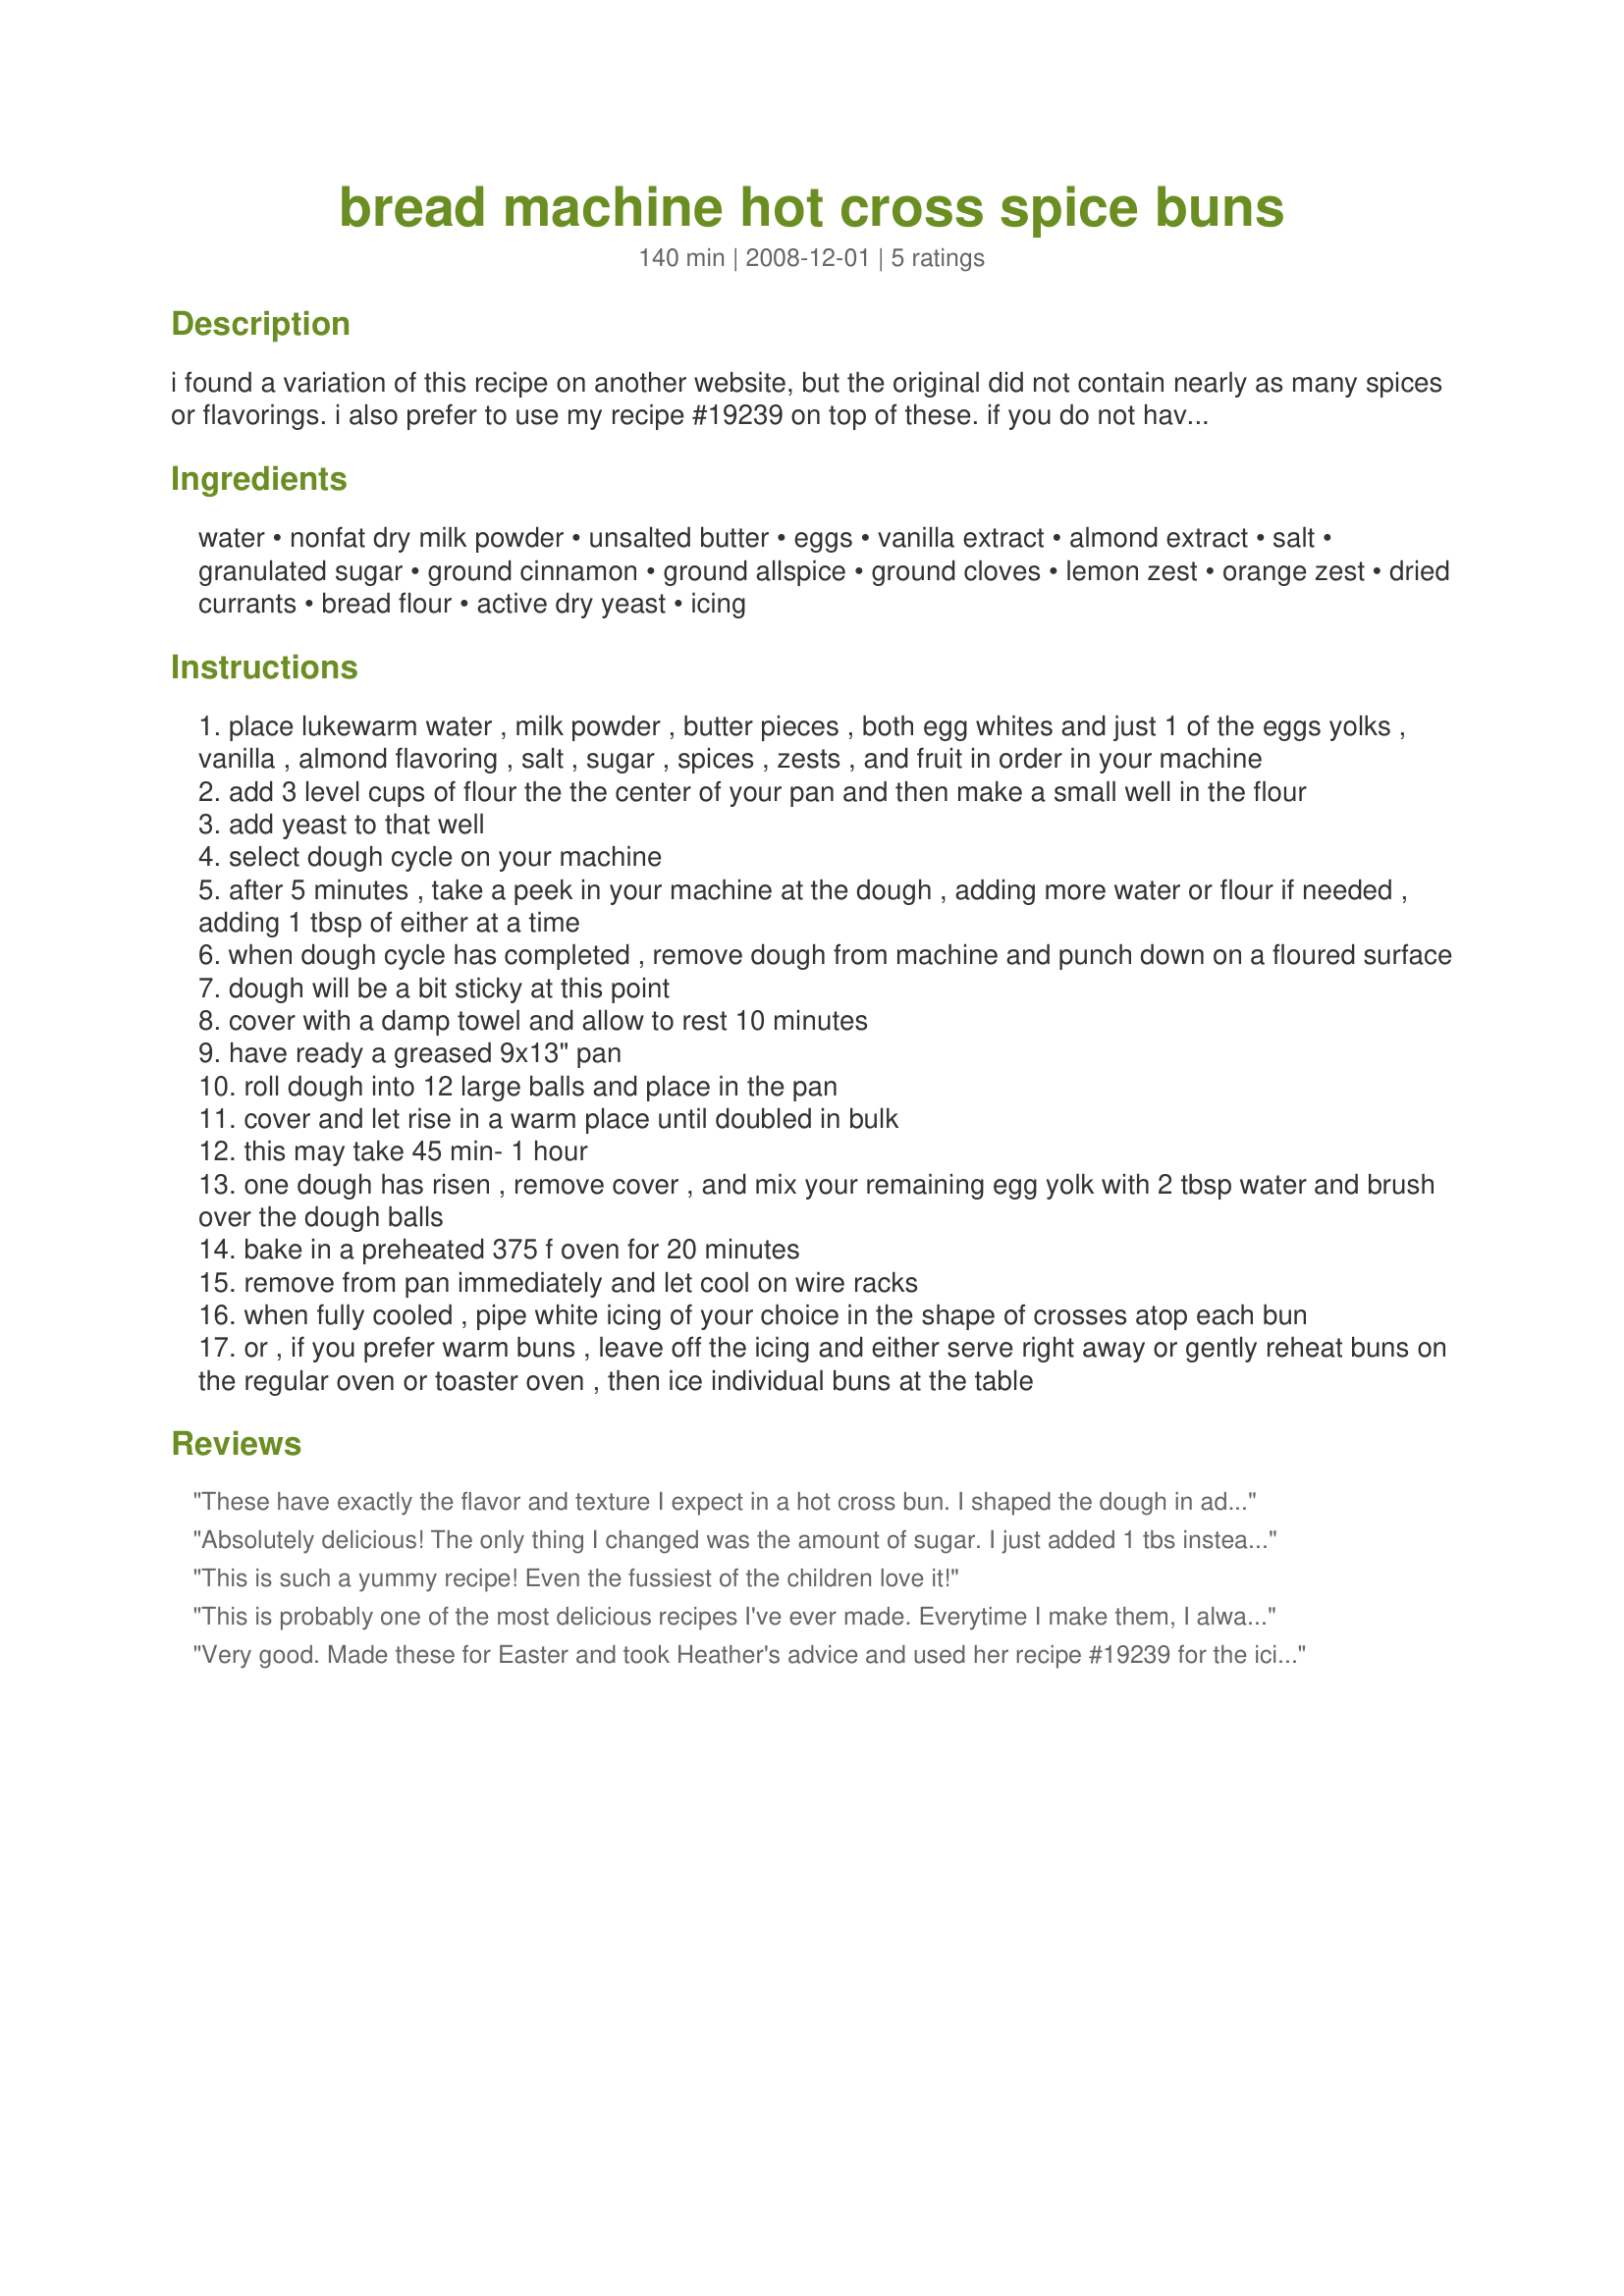
bread machine hot cross spice buns
Preparation time: 140 minutes

i found a variation of this recipe on another website, but the original did not contain nearly as many spices or flavorings. i also prefer to use my recipe #19239 on top of these. if you do not have nonfat dry milk powder, you may use 3/4 cup low-fat or nonfat milk, warmed to lukewarm in place of the water and powdered milk. these are lightly spiced, and if you use the cloves, they will have a darker color. not very sweet, the icing provides most of the sweetness.

Ingredients:
water, nonfat dry milk powder, unsalted butter, eggs, vanilla extract, almond extract, salt, granulated sugar, ground cinnamon, ground allspice, ground cloves, lemon zest, orange zest, dried currants, bread flour, active dry yeast, icing

Steps:
place lukewarm water , milk powder , butter pieces , both egg whites and just 1 of the eggs yolks , vanilla , almond flavoring , salt , sugar , spices , zests , and fruit in order in your machine
add 3 level cups of flour the the center of your pan and then make a small well in the flour
add yeast to that well
select dough cycle on your machine
after 5 minutes , take a peek in your machine at the dough , adding more water or flour if needed , adding 1 tbsp of either at a time
when dough cycle has completed , remove dough from machine and punch down on a floured surface
dough will be a bit sticky at this point
cover with a damp towel and allow to rest 10 minutes
have ready a greased 9x13" pan
roll dough into 12 large balls and place in the pan
cover and let rise in a warm place until doubled in bulk
this may take 45 min- 1 hour
one dough has risen , remove cover , and mix your remaining egg yolk with 2 tbsp water and brush over the dough balls
bake in a preheated 375 f oven for 20 minutes
remove from pan immediately and let cool on wire racks
when fully cooled , pipe white icing of your choice in the shape of crosses atop each bun
or , if you prefer warm buns , leave off the icing and either serve right away or gently reheat buns on the regular oven or toaster oven , then ice individual buns at the table

Reviews:
These have exactly the flavor and texture I expect in a hot cross bun. I shaped the dough in advance, refrigerated it overnight, and baked them the next morning. I didn't brush them with the egg wash until just before baking. Mine did take a bit longer to bake, but that could just be my oven.
Absolutely delicious! The only thing I changed was the amount of sugar. I just added 1 tbs instead of the 6.
This is such a yummy recipe! Even the fussiest of the children love it!
This is probably one of the most delicious recipes I've ever made. Everytime I make them, I always have to make two or three batches, as they get nommed up so fast.
Very good. Made these for Easter and took Heather's advice and used her recipe #19239 for the icing crosses. Did use all-purpose flour but added 1 T gluten. Thanks for sharing the recipe!
